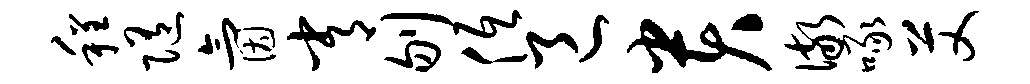
程随氤常刎低邑贵儆啄艾